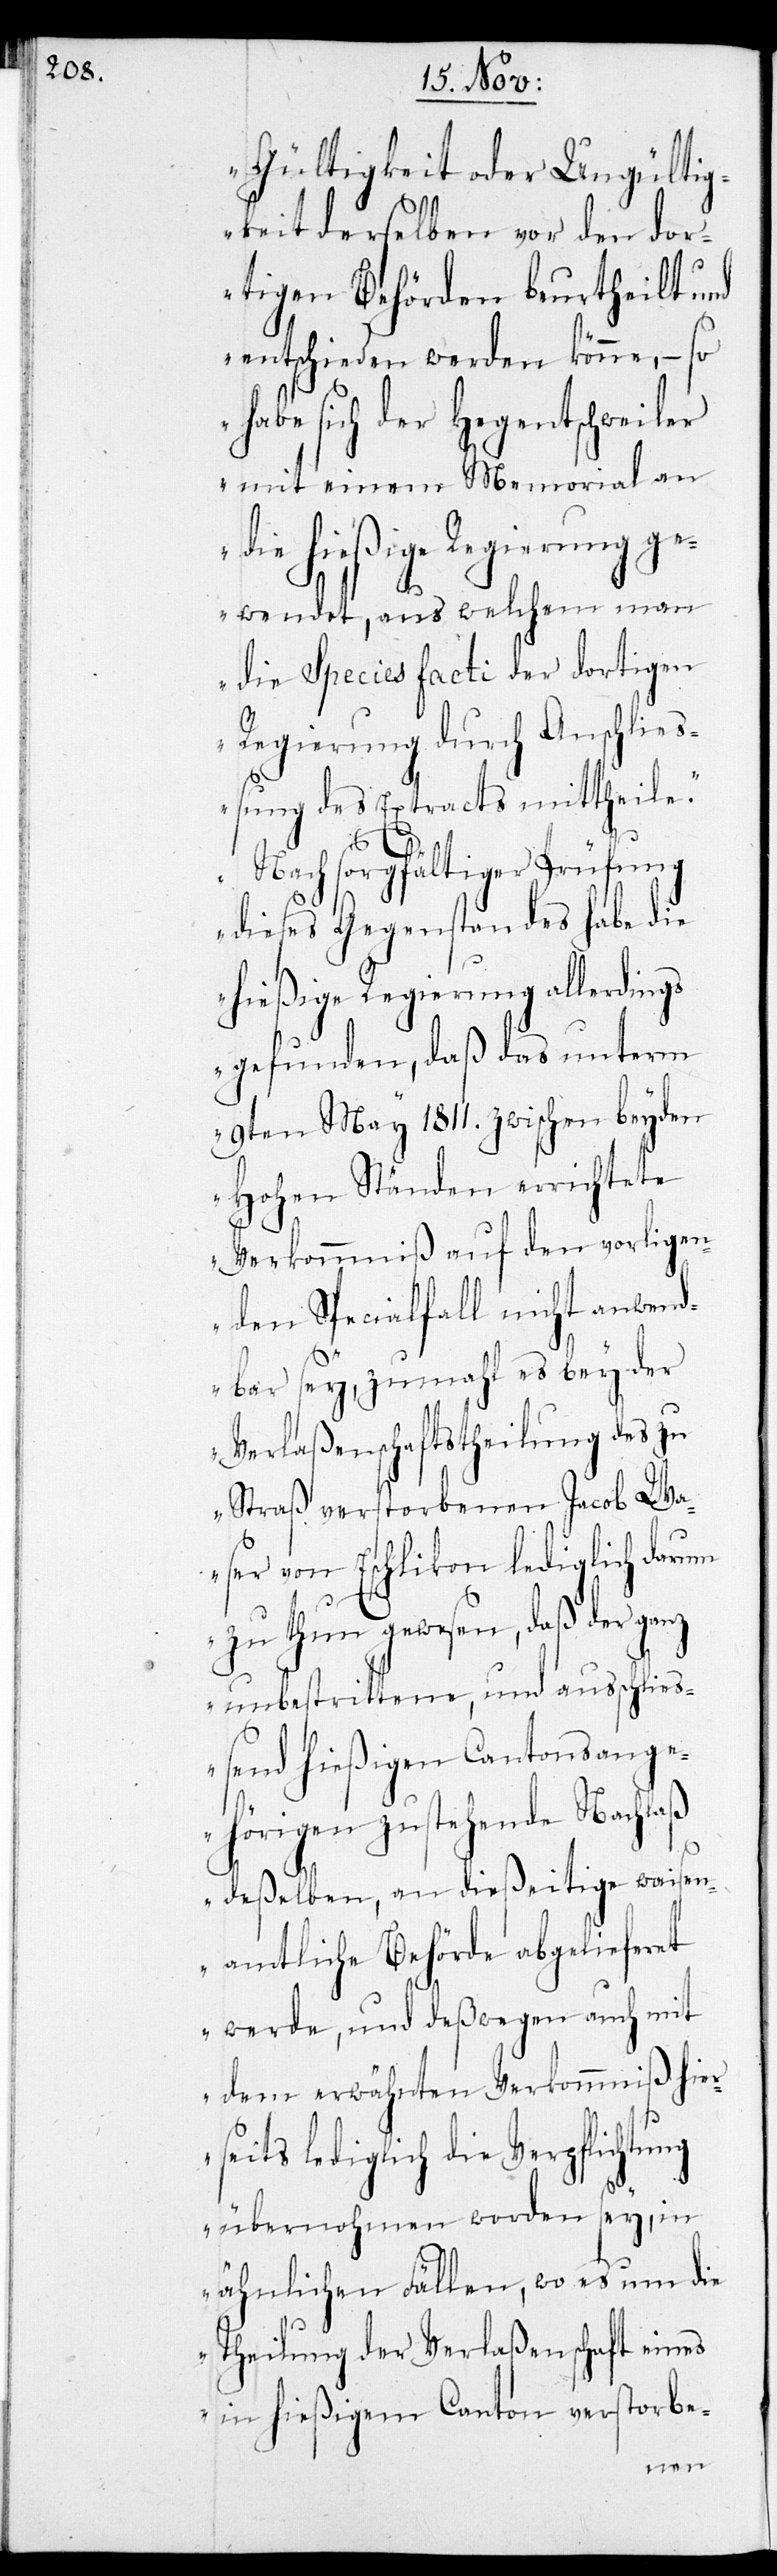
Gültigkeit oder Ungültig¬
keit derselben vor den dor¬
tigen Behörden beurtheilt und
entschieden werden könne, – so
habe sich der Hegentschweiler
mit einem Memorial an
die hießige Regierung ge¬
wendet, aus welchem man
die Species facti der dortigen
Regierung durch Anschließ¬
ung des Extracts mittheile.
Nach sorgfältiger Prüfung
dieses Gegenstandes habe die
hießige Regierung allerdings
gefunden, daß das unterm
9ten May 1811. zwischen beyden
Hohen Ständen errichtete
Verkommniß auf den vorligen¬
den Specialfall nicht anwend¬
bar sey, zumahl es bey der
Verlaßenschaftstheilung des zu
Straß verstorbenen Jacob W¬
eser von Eschlikon lediglich darum
zu thun gewesen, daß der ganz
unbestrittene, und ausschließ¬
end hießigen Cantonsange¬
hörigen zustehende Nachlaß
deßelben, an dießeitige waisen¬
amtliche Behörde abgelieferet
werde, und deßwegen auch mit
dem erwähnten Verkommniß hier¬
seits lediglich die Verpflichtung
übernohmen worden sey, in
ähnlichen Fällen, wo es um die
Theilung der Verlaßenschaft eines
in hießigem Canton verstorbe-